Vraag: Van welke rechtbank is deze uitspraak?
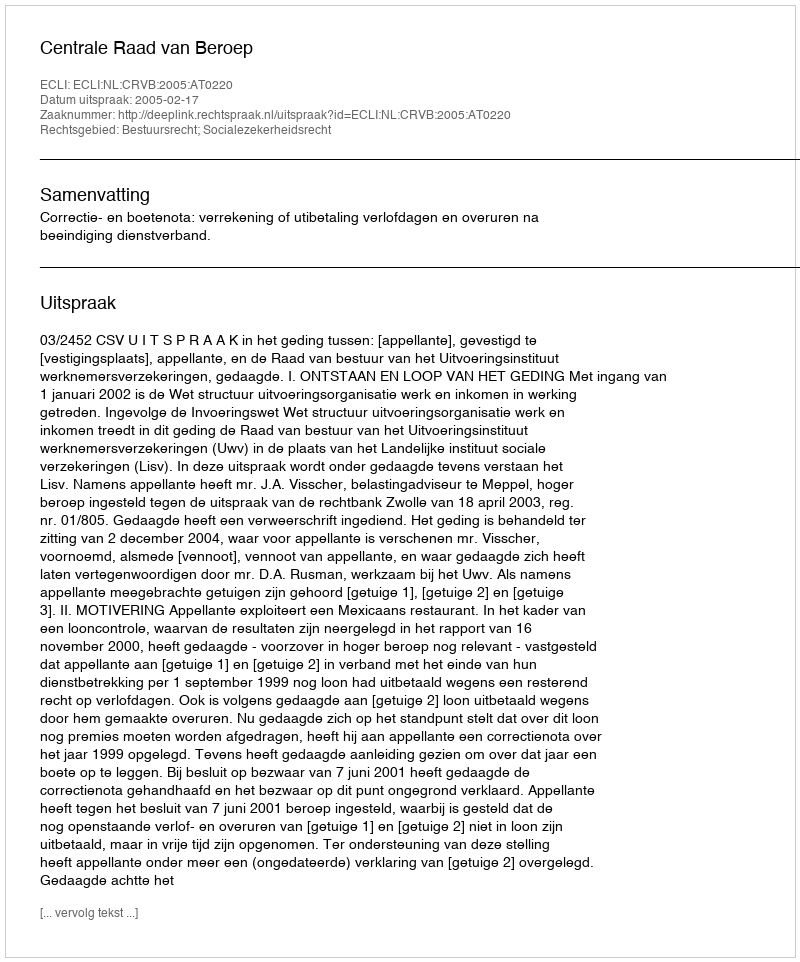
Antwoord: Centrale Raad van Beroep